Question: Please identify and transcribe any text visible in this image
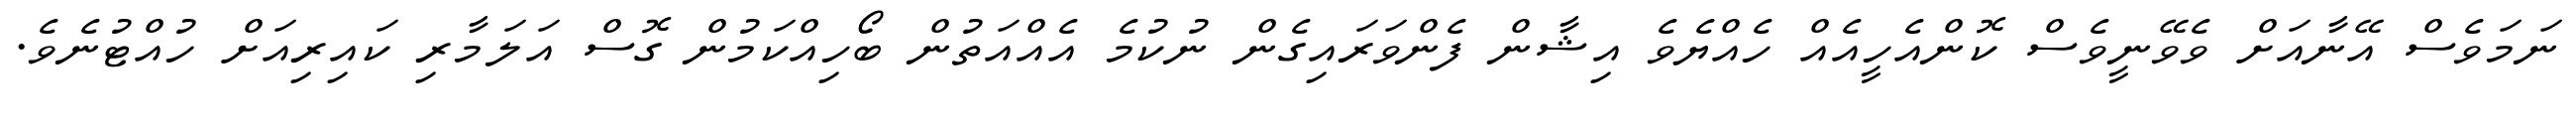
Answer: ނަމަވެސް އޭނާއަށް ވެވޭނީވެސް ކޮންއެހީއެއް ހެއްޔެވެ އިޝާން ފެންވަރައިގެން ނުކުމެ އެއްއަތުން ބޯހިއްކަމުން ގޮސް އަލަމާރި ކައިރިއަށް ހުއްޓުނެވެ.